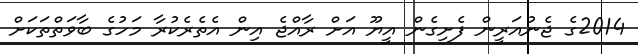
2014ގެ ޖެނުއަރީން ފެށިގެން އީޔޫ އަށް ރާއްޖެ އިން އެތެރެކުރާ މަހުގެ ބާވަތްތަކަށް